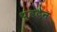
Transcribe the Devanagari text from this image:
थुबटेन